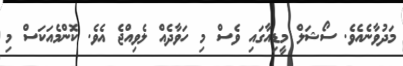
މަދުވާނެއެވެ. ސޯޝަލް މީޑިއާގައި ވެސް މި ހަވާދެއް ލެވިއްޖެ އެވެ. ކޮންމެއަކަސް މި